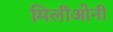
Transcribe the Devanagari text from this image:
मिलीओनी